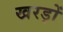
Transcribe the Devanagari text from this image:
खरड़ों